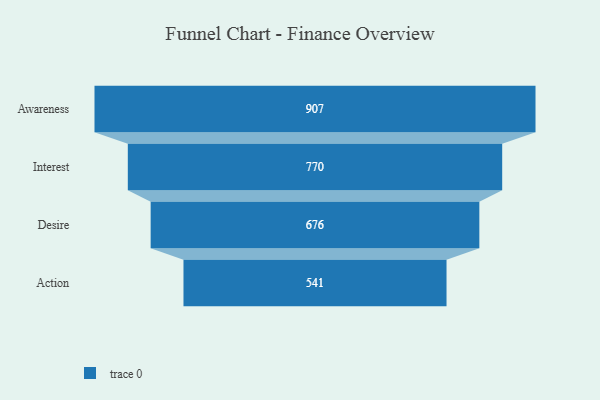
{"axis": {"x": "Stage", "y": "Value"}, "legend": [""], "data": [{"x": "Awareness", "y": 907.0, "type": ""}, {"x": "Interest", "y": 770.0, "type": ""}, {"x": "Desire", "y": 676.0, "type": ""}, {"x": "Action", "y": 541.0, "type": ""}]}